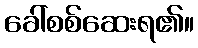
ခေါ်စစ်ဆေးရ၏။